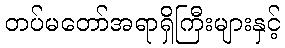
တပ်မတော်အရာရှိကြီးများနှင့်